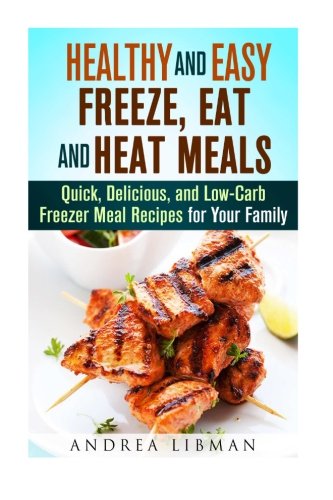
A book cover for Healthy and Easy Freeze, Eat, and Heat Meals: Quick, Delicious, and Low-Carb Freezer Meal Recipes for Your Family (Microwave Meals); Andrea Libman; Cookbooks, Food & Wine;